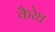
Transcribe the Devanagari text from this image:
कैरेघ